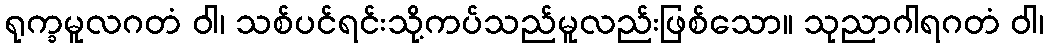
ရုက္ခမူလဂတံ ဝါ၊ သစ်ပင်ရင်းသို့ကပ်သည်မူလည်းဖြစ်သော။ သုညာဂါရဂတံ ဝါ၊